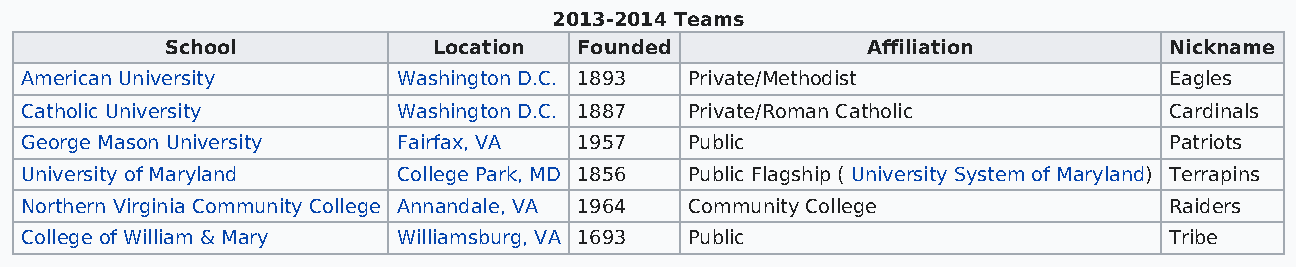
2013-2014 Teams
 School            Location Founded            Affiliation         Nickname
 American University      Washington D.C. 1893 Private/Methodist             Eagles
 Catholic University      Washington D.C. 1887 Private/Roman Catholic        Cardinals
 George Mason University  Fairfax, VA 1957    Public                         Patriots
 University of Maryland   College Park, MD 1856 Public Flagship ( University System of Maryland) Terrapins
 Northern Virginia Community College Annandale, VA 1964 Community College    Raiders
 College of William & Mary Williamsburg, VA 1693 Public                      Tribe